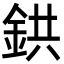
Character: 鉷